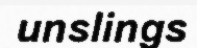
unslings